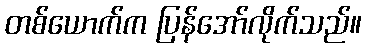
တစ်ယောက်က ပြန်အော်လိုက်သည်။